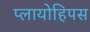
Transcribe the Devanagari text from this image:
प्लायोहिपस